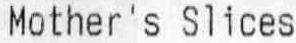
MOTHER'S SLICES